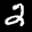
Label: 2